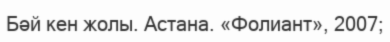
Бәй кен жолы. Астана. «Фолиант», 2007;